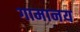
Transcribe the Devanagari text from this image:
गामानय